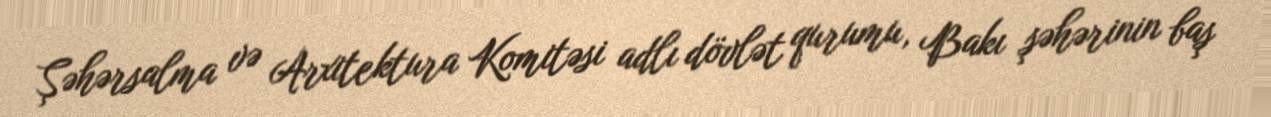
Şəhərsalma və Arxitektura Komitəsi adlı dövlət qurumu, Bakı şəhərinin baş